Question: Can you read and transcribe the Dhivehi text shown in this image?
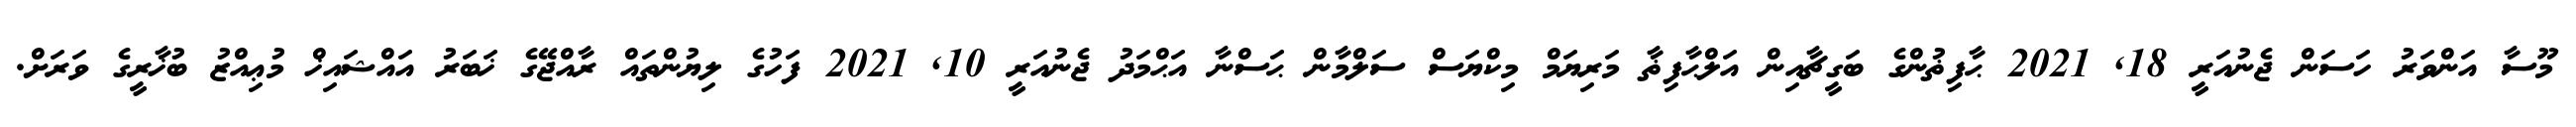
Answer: މޫސާ އަންވަރު ހަސަން ޖެނުއަރީ 18, 2021 ޙާފިޡުންގެ ބަގީޗާއިން އަލްޙާފިޡާ މަރިޔަމް މިކްޔަސް ސަލްމާން ޙަސްނާ އަޙްމަދު ޖެނުއަރީ 10, 2021 ފަހުގެ ލިޔުންތައް ރާއްޖޭގެ ޚަބަރު އައްޝައިޚް މުޢިއްޒު ބުޚާރީގެ ވަރަށް.